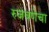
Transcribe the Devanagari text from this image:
रुजवणेचा